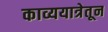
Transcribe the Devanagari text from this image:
काव्ययात्रेतून